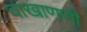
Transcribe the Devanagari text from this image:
वाखाणणी